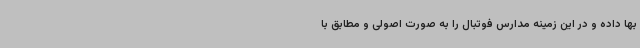
بها داده و در این زمینه مدارس فوتبال را به صورت اصولی و مطابق با